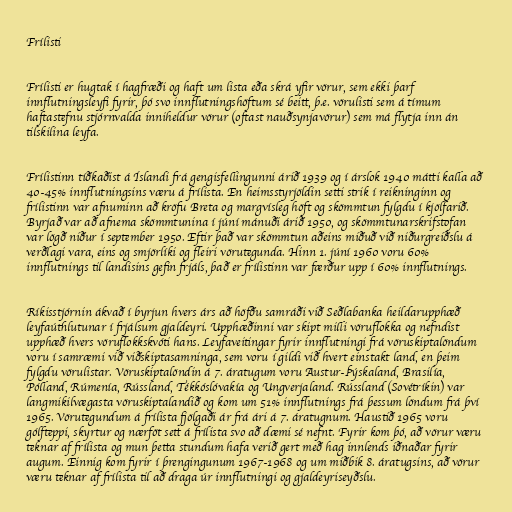
Frílisti

Frílisti er hugtak í hagfræði og haft um lista eða skrá yfir vörur, sem ekki þarf
innflutningsleyfi fyrir, þó svo innflutningshöftum sé beitt, þ.e. vörulisti sem á tímum
haftastefnu stjórnvalda inniheldur vörur (oftast nauðsynjavörur) sem má flytja inn án
tilskilina leyfa.

Frílistinn tíðkaðist á Íslandi frá gengisfellingunni árið 1939 og í árslok 1940 mátti kalla að
40-45% innflutningsins væru á frílista. En heimsstyrjöldin setti strik í reikninginn og
frílistinn var afnuminn að kröfu Breta og margvísleg höft og skömmtun fylgdu í kjölfarið.
Byrjað var að afnema skömmtunina í júní mánuði árið 1950, og skömmtunarskrifstofan
var lögð niður í september 1950. Eftir það var skömmtun aðeins miðuð við niðurgreiðslu á
verðlagi vara, eins og smjörlíki og fleiri vörutegunda. Hinn 1. júní 1960 voru 60%
innflutnings til landisins gefin frjáls, það er frílistinn var færður upp í 60% innflutnings.

Ríkisstjórnin ákvað í byrjun hvers árs að höfðu samráði við Seðlabanka heildarupphæð
leyfaúthlutunar í frjálsum gjaldeyri. Upphæðinni var skipt milli vöruflokka og nefndist
upphæð hvers vöruflokkskvóti hans. Leyfaveitingar fyrir innflutningi frá vöruskiptalöndum
voru í samræmi við viðskiptasamninga, sem voru í gildi við hvert einstakt land, en þeim
fylgdu vörulistar. Vöruskiptalöndin á 7. áratugum voru Austur-Þýskaland, Brasilía,
Pólland, Rúmenía, Rússland, Tékkóslóvakía og Ungverjaland. Rússland (Sovétríkin) var
langmikilvægasta vöruskiptalandið og kom um 51% innflutnings frá þessum löndum frá því
1965. Vörutegundum á frílista fjölgaði ár frá ári á 7. áratugnum. Haustið 1965 voru
gólfteppi, skyrtur og nærföt sett á frílista svo að dæmi sé nefnt. Fyrir kom þó, að vörur væru
teknar af frílista og mun þetta stundum hafa verið gert með hag innlends iðnaðar fyrir
augum. Einnig kom fyrir í þrengingunum 1967-1968 og um miðbik 8. áratugsins, að vörur
væru teknar af frílista til að draga úr innflutningi og gjaldeyriseyðslu.